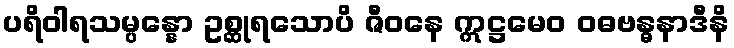
ပရိဝါရသမ္ပန္နော ဥစ္ဆုရသောပိ ဇီဝနေ ဣဋ္ဌမေဝ ဝဓဗန္ဓနာဒီနိ